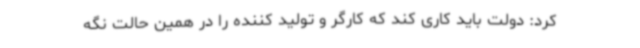
کرد: دولت باید کاری کند که کارگر و تولید کننده را در همین حالت نگه